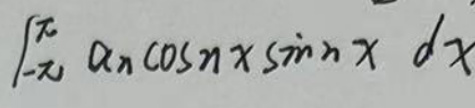
\[
\int_{-\pi}^{\pi} a_{n} \cos nx\sin nx\ dx
\]